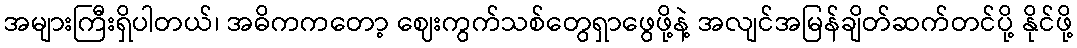
အများကြီးရှိပါတယ်၊ အဓိကကတော့ ဈေးကွက်သစ်တွေရှာဖွေဖို့နဲ့ အလျင်အမြန်ချိတ်ဆက်တင်ပို့ နိုင်ဖို့